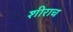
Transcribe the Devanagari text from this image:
शीराच